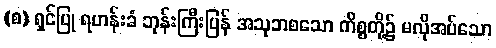
(စ) ရှင်ပြု ရဟန်းခံ ဘုန်းကြီးပြန် အသုဘစသော ကိစ္စတို့၌ မလိုအပ်သော